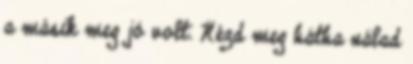
a másik meg jó volt. Nézd meg hátha nálad